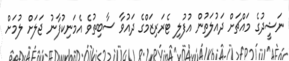
ނަޝީދުގެ މައްޗަށް ދައުލަތުން އުފުލި ޓެރަރިޒަމްގެ ދައުވާ ސާބިތުވެ އެމަނިކުފާނު ޖަލަށް ލުމަށް